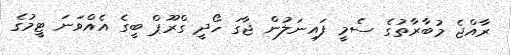
ރާއްޖެ މުބާރާތުގެ ސެމީ ފައިނަލުން ޖާގަ ހޯދީ ގްރޫޕް ބީގެ އެއްވަނަ ޓީމުގެ